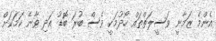
އެންމެ ޒަމާނީ ވަސީލަތްތައް ހޯދުމަކީ ވެސް ބުރަ ބޮޑު އަދި ވާނެ ކަމަކަށް